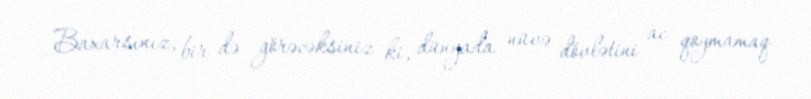
Baxarsınız, bir də görəcəksiniz ki, dünyada nüvə dövlətini ac qoymamaq